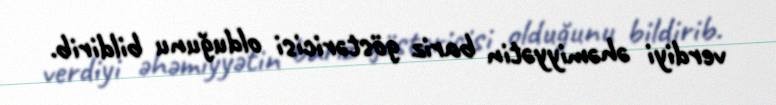
verdiyi əhəmiyyətin bariz göstəricisi olduğunu bildirib.